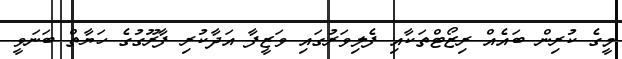
މީގެ ކުރިން ބައެއް ރިޒޯޓްތަކާއި ފެލިވަރުގައި ވަޒީފާ އަދާކުރި ފާރޫގުގެ ހަޔާތް ބަނަވީ